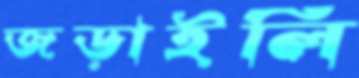
জড়াইলি